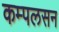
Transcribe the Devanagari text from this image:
कम्पलसन